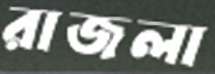
রাজলা